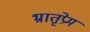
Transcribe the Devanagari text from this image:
भ्रातृप्रेम